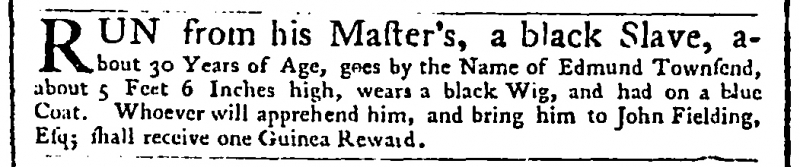
Public Advertiser, 11 February 1758 (England)
RUN from his Master’s, a black Slave, about 30 Years of Age, goes by the Name of Edmund Townsend, about 5 Feet 6 Inches high, wears a black Wig, and had on a blue Coat. Whoever will apprehend him, and bring him to John Fielding, Esq; shall receive one Guinea Reward.